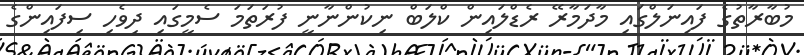
މުބާރާތުގެ ފައިނަލްގައި މާދަމާރޭ ރެޑްލައިން ކްލަބް ނިކުންނާނީ ފުރަތަމަ ސެމީގައި ދިވެހި ސިފައިންގެ